Vabadussoja_Ajaloo_Komitee, lk 4
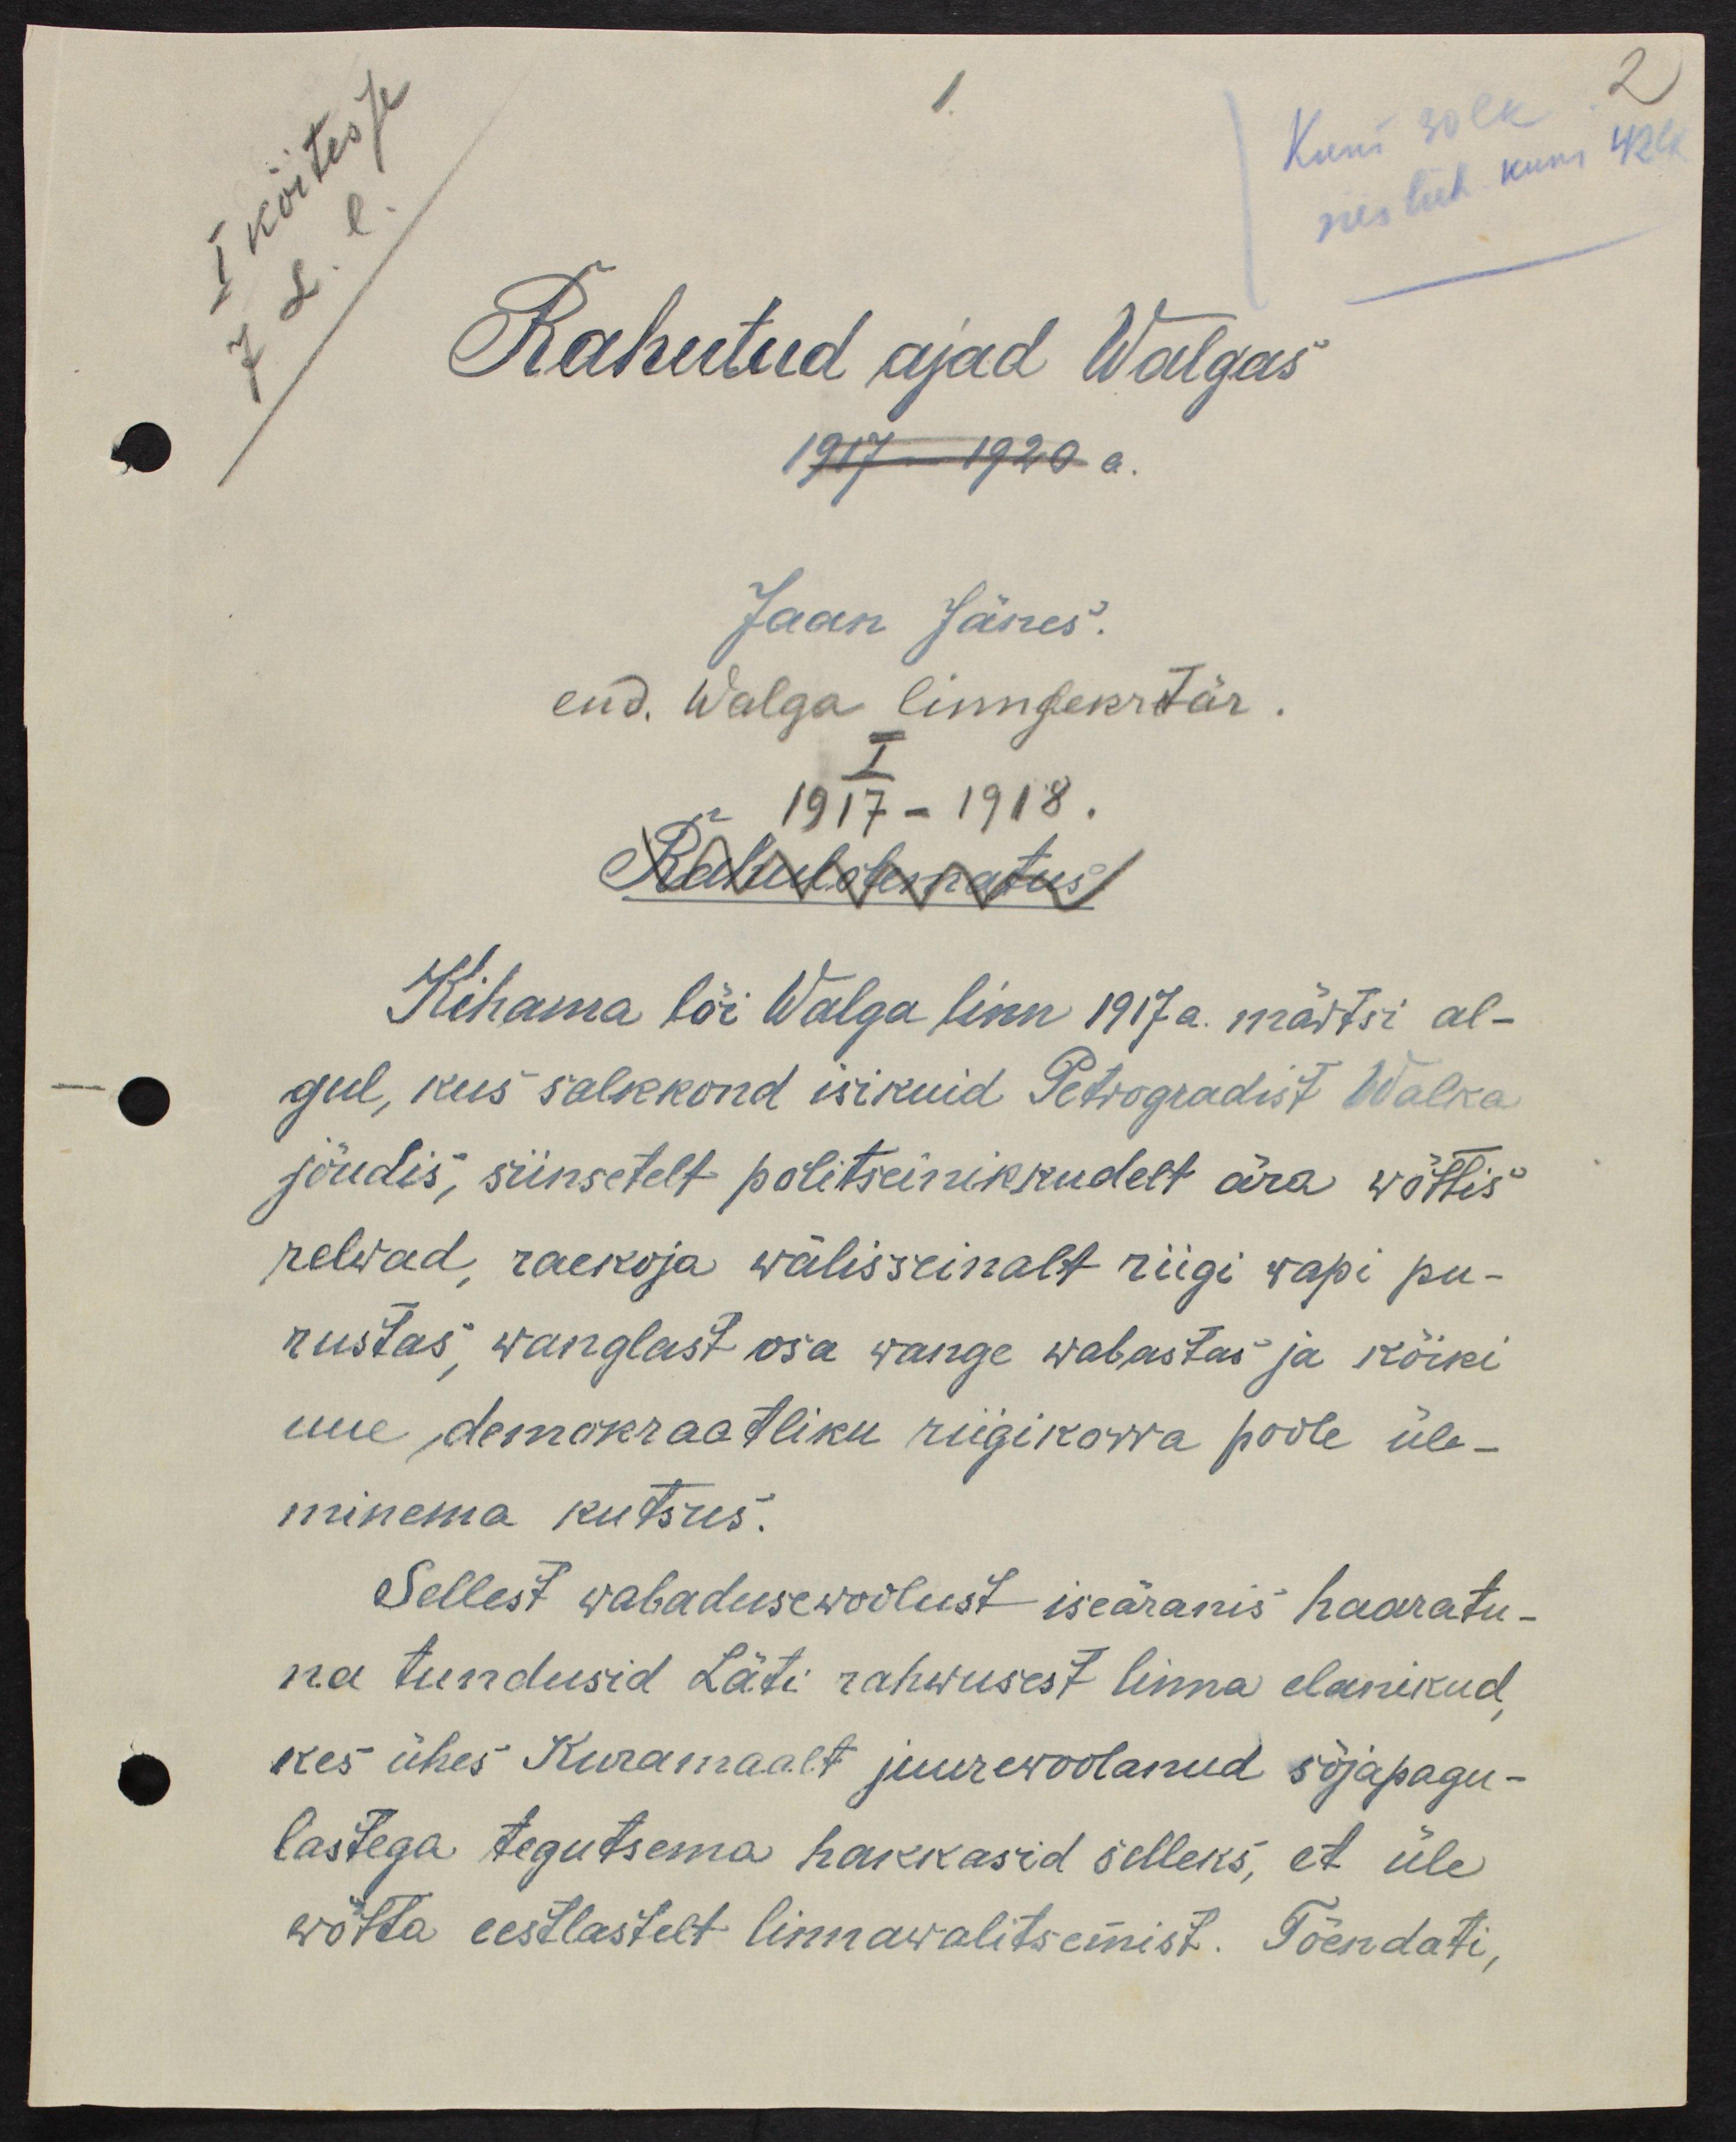
Rahutud ajad Walgas
1917-1920 a.
Jaan Jänes
end. Walga linnsekrtär.
1917-1918.
Rahulolematus
Kihama lõi Walga linn 1917 a. märtsi al-
gul, kus sadakond isikuid Petrogradist Walka
jõudis, siinsetelt politseinikkudelt ära wõttis
relvad, raekoja wälisseinalt riigi wapi pu-
rustas, wanglast osa wange wabastas ja kõiki
uue demokraatliku riigikorra poole üle-
minema kutsus.
Sellest wabadusewõitlust iseäranis haaratu-
na tundusid Läti rahwusest linna elanikud,
kes ühes Kuramaalt juurdevoolanud sõjapagu-
lastega tegutsema hakkasid selleks, et üle
wõtta eestlastelt linnawalitsemist. Tõendati,